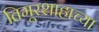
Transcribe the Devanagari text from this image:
तिमूरशाहाच्या